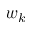
w _ { k }